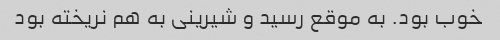
خوب بود. به موقع رسید و شیرینی به هم نریخته بود